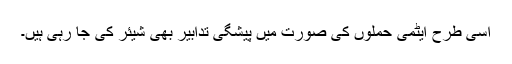
اسی طرح ایٹمی حملوں کی صورت میں پیشگی تدابیر بھی شیئر کی جا رہی ہیں۔